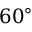
6 0 ^ { \circ }